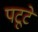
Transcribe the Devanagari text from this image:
पटूटे